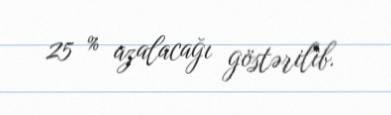
25 % azalacağı göstərilib.